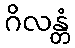
ဂိလန္တံ